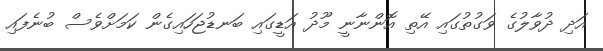
އަދި ދުވާލުގެ ވަގުތުގައި އޭތި އޮންނާނީ މޫދު އަޑީގައި ބަނޑުޖަހައިގެން ކަމަށްވެސް ބުނެފައި